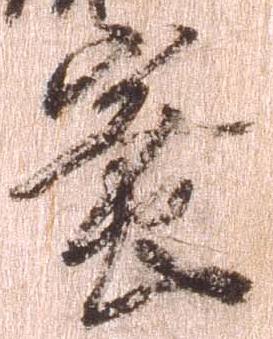
密